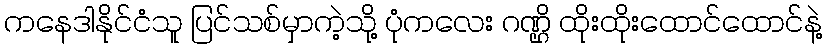
ကနေဒါနိုင်ငံသူ ပြင်သစ်မှာကဲ့သို့ ပုံကလေး ဂဏ္ဌိ ထိုးထိုးထောင်ထောင်နဲ့